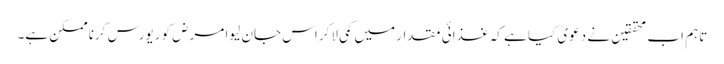
تاہم اب محققین نے دعویٰ کیا ہے کہ غذائی مقدار میں کمی لاکر اس جان لیوا مرض کو ریورس کرنا ممکن ہے۔